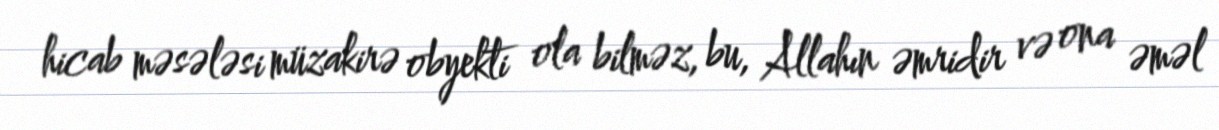
hicab məsələsi müzakirə obyekti ola bilməz, bu, Allahın əmridir və ona əməl